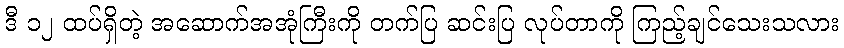
ဒီ ၁၂ ထပ်ရှိတဲ့ အဆောက်အအုံကြီးကို တက်ပြ ဆင်းပြ လုပ်တာကို ကြည့်ချင်သေးသလား